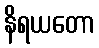
နိရယတော